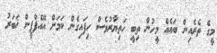
މީގެ ތެރެއިން ބައެއް މީހުން ތިބީ ހަތިޔާރުވެސް ހިފައިގެން ކަމަށް އޭއެފްޕީން ޚަބަރު